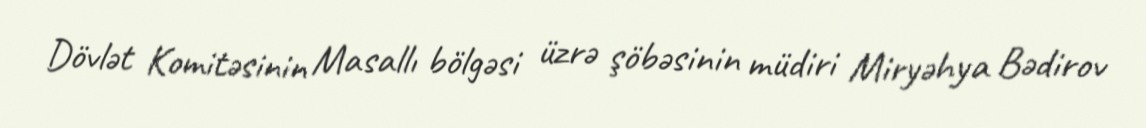
Dövlət Komitəsinin Masallı bölgəsi üzrə şöbəsinin müdiri Miryəhya Bədirov